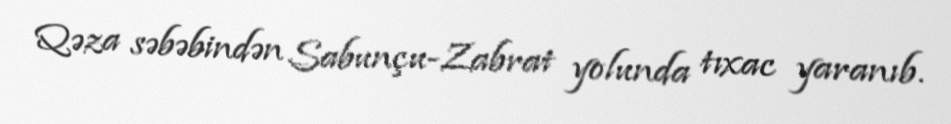
Qəza səbəbindən Sabunçu-Zabrat yolunda tıxac yaranıb.